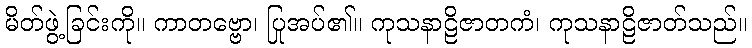
မိတ်ဖွဲ့ခြင်းကို။ ကာတဗ္ဗော၊ ပြုအပ်၏။ ကုသနာဠိဇာတကံ၊ ကုသနာဠိဇာတ်သည်။